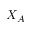
X _ { A }